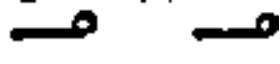
. .